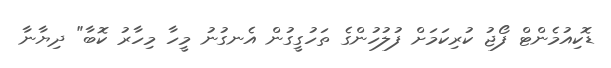
ޑޮކިއުމެންޓް ފޯޖު ކުރިކަމަށް ފުލުހުންގެ ތަހުގީގުން އެނގުނު މީހާ މިހާރު ކޮބާ" ދިޔާނާ